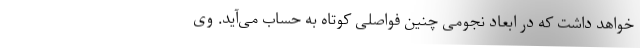
خواهد داشت که در ابعاد نجومی چنین فواصلی کوتاه به حساب می‌آید. وی